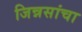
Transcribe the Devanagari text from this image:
जिन्नसांचा